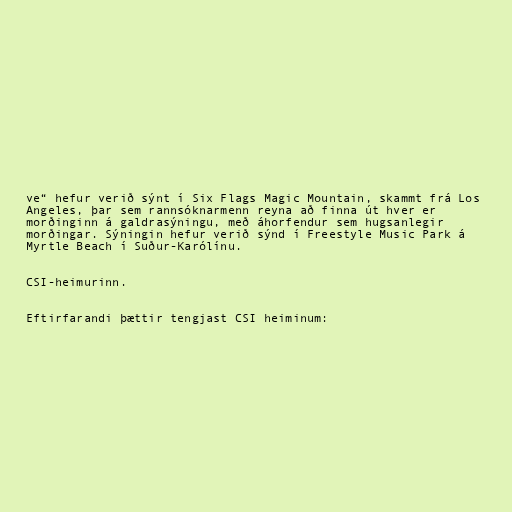
ve“ hefur verið sýnt í Six Flags Magic Mountain, skammt frá Los
Angeles, þar sem rannsóknarmenn reyna að finna út hver er
morðinginn á galdrasýningu, með áhorfendur sem hugsanlegir
morðingar. Sýningin hefur verið sýnd í Freestyle Music Park á
Myrtle Beach í Suður-Karólínu.

CSI-heimurinn.

Eftirfarandi þættir tengjast CSI heiminum: